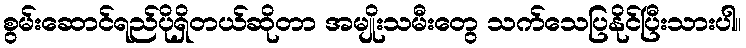
စွမ်းဆောင်ရည်ပိုရှိတယ်ဆိုတာ အမျိုးသမီးတွေ သက်သေပြနိုင်ပြီးသားပါ။